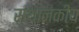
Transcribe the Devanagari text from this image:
स्थानकीय